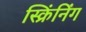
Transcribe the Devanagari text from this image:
स्क्रिंनिंग